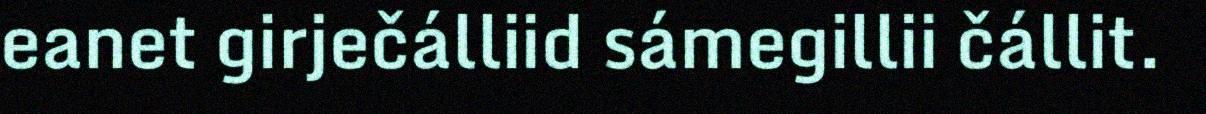
eanet girječálliid sámegillii čállit.